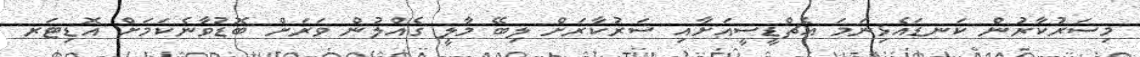
މިސަރުކާރުން ކަނޑައެޅިނަމަ އެޗްޑީސީއަށާއި ސަރުކާރަށް ލިބޭ މާލީ ގެއްލުން ވަރަށް ބޮޑުވާނެކަމަށް އޮޑިޓަރ